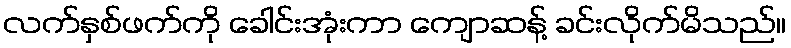
လက်နှစ်ဖက်ကို ခေါင်းအုံးကာ ကျောဆန့် ခင်းလိုက်မိသည်။